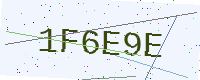
Text: 1F6E9E